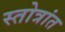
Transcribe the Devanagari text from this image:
स्तोत्रांत